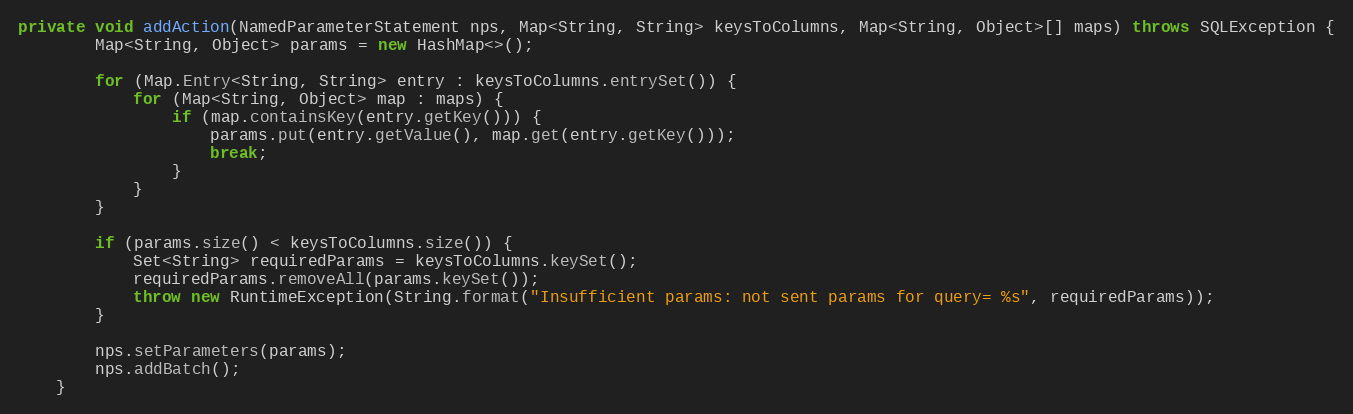
Language: Java
private void addAction(NamedParameterStatement nps, Map<String, String> keysToColumns, Map<String, Object>[] maps) throws SQLException {
		Map<String, Object> params = new HashMap<>();

		for (Map.Entry<String, String> entry : keysToColumns.entrySet()) {
			for (Map<String, Object> map : maps) {
				if (map.containsKey(entry.getKey())) {
					params.put(entry.getValue(), map.get(entry.getKey()));
					break;
				}
			}
		}

		if (params.size() < keysToColumns.size()) {
			Set<String> requiredParams = keysToColumns.keySet();
			requiredParams.removeAll(params.keySet());
			throw new RuntimeException(String.format("Insufficient params: not sent params for query= %s", requiredParams));
		}

		nps.setParameters(params);
		nps.addBatch();
	}